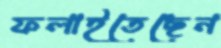
ফলাইতেছেন